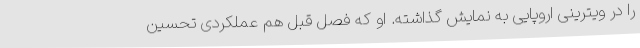
را در ویترینی اروپایی به نمایش گذاشته. او که فصل قبل هم عملکردی تحسین